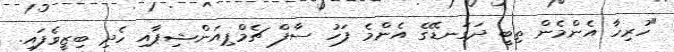
"ހުރިހާ އެންމެން ތިބީ ދަގަނޑޭގެ އެންމެ ފަހު ސާފް ޗެމްޕިއަންޝިޕާއި ހެދި ބިޒީވެފައި.